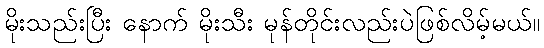
မိုးသည်းပြီး နောက် မိုးသီး မုန်တိုင်းလည်းပဲဖြစ်လိမ့်မယ်။